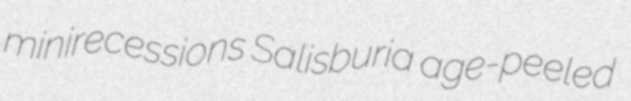
minirecessions Salisburia age-peeled